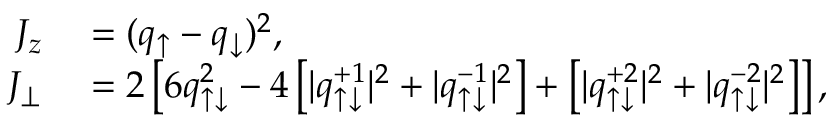
\begin{array} { r l } { J _ { z } } & { { } = ( q _ { \uparrow } - q _ { \downarrow } ) ^ { 2 } , } \\ { J _ { \perp } } & { { } = 2 \left[ 6 q _ { \uparrow \downarrow } ^ { 2 } - 4 \left[ | q _ { \uparrow \downarrow } ^ { + 1 } | ^ { 2 } + | q _ { \uparrow \downarrow } ^ { - 1 } | ^ { 2 } \right] + \left[ | q _ { \uparrow \downarrow } ^ { + 2 } | ^ { 2 } + | q _ { \uparrow \downarrow } ^ { - 2 } | ^ { 2 } \right] \right] , } \end{array}